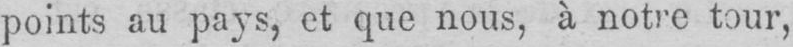
points au pays, et que nous, à notre tour,